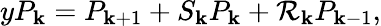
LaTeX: yP_{\mathbf{k}}=P_{\mathbf{k}+1}+S_{\mathbf{k}}P_{\mathbf{k}}+\mathcal{R}_{\mathbf{k}}P_{\mathbf{k}-1},